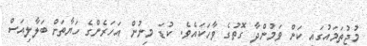
މުޖުތަމައުގައި ކަން ވަމުންދާ ގޮތުގެ ވާހަކައެވެ. ކުޑަ މިނުން އަހަރެންގެ ހަޔާތަށް ބަލާލިއަސް